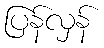
ပြန်လှန်